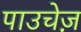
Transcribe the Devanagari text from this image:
पाउचेज़